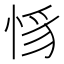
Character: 𢚵